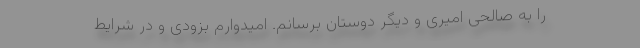
را به صالحی امیری و دیگر دوستان برسانم. امیدوارم بزودی و در شرایط